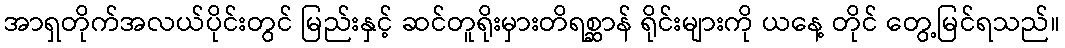
အာရှတိုက်အလယ်ပိုင်းတွင် မြည်းနှင့် ဆင်တူရိုးမှားတိရစ္ဆာန် ရိုင်းများကို ယနေ့ တိုင် တွေ့မြင်ရသည်။